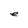
Character: e